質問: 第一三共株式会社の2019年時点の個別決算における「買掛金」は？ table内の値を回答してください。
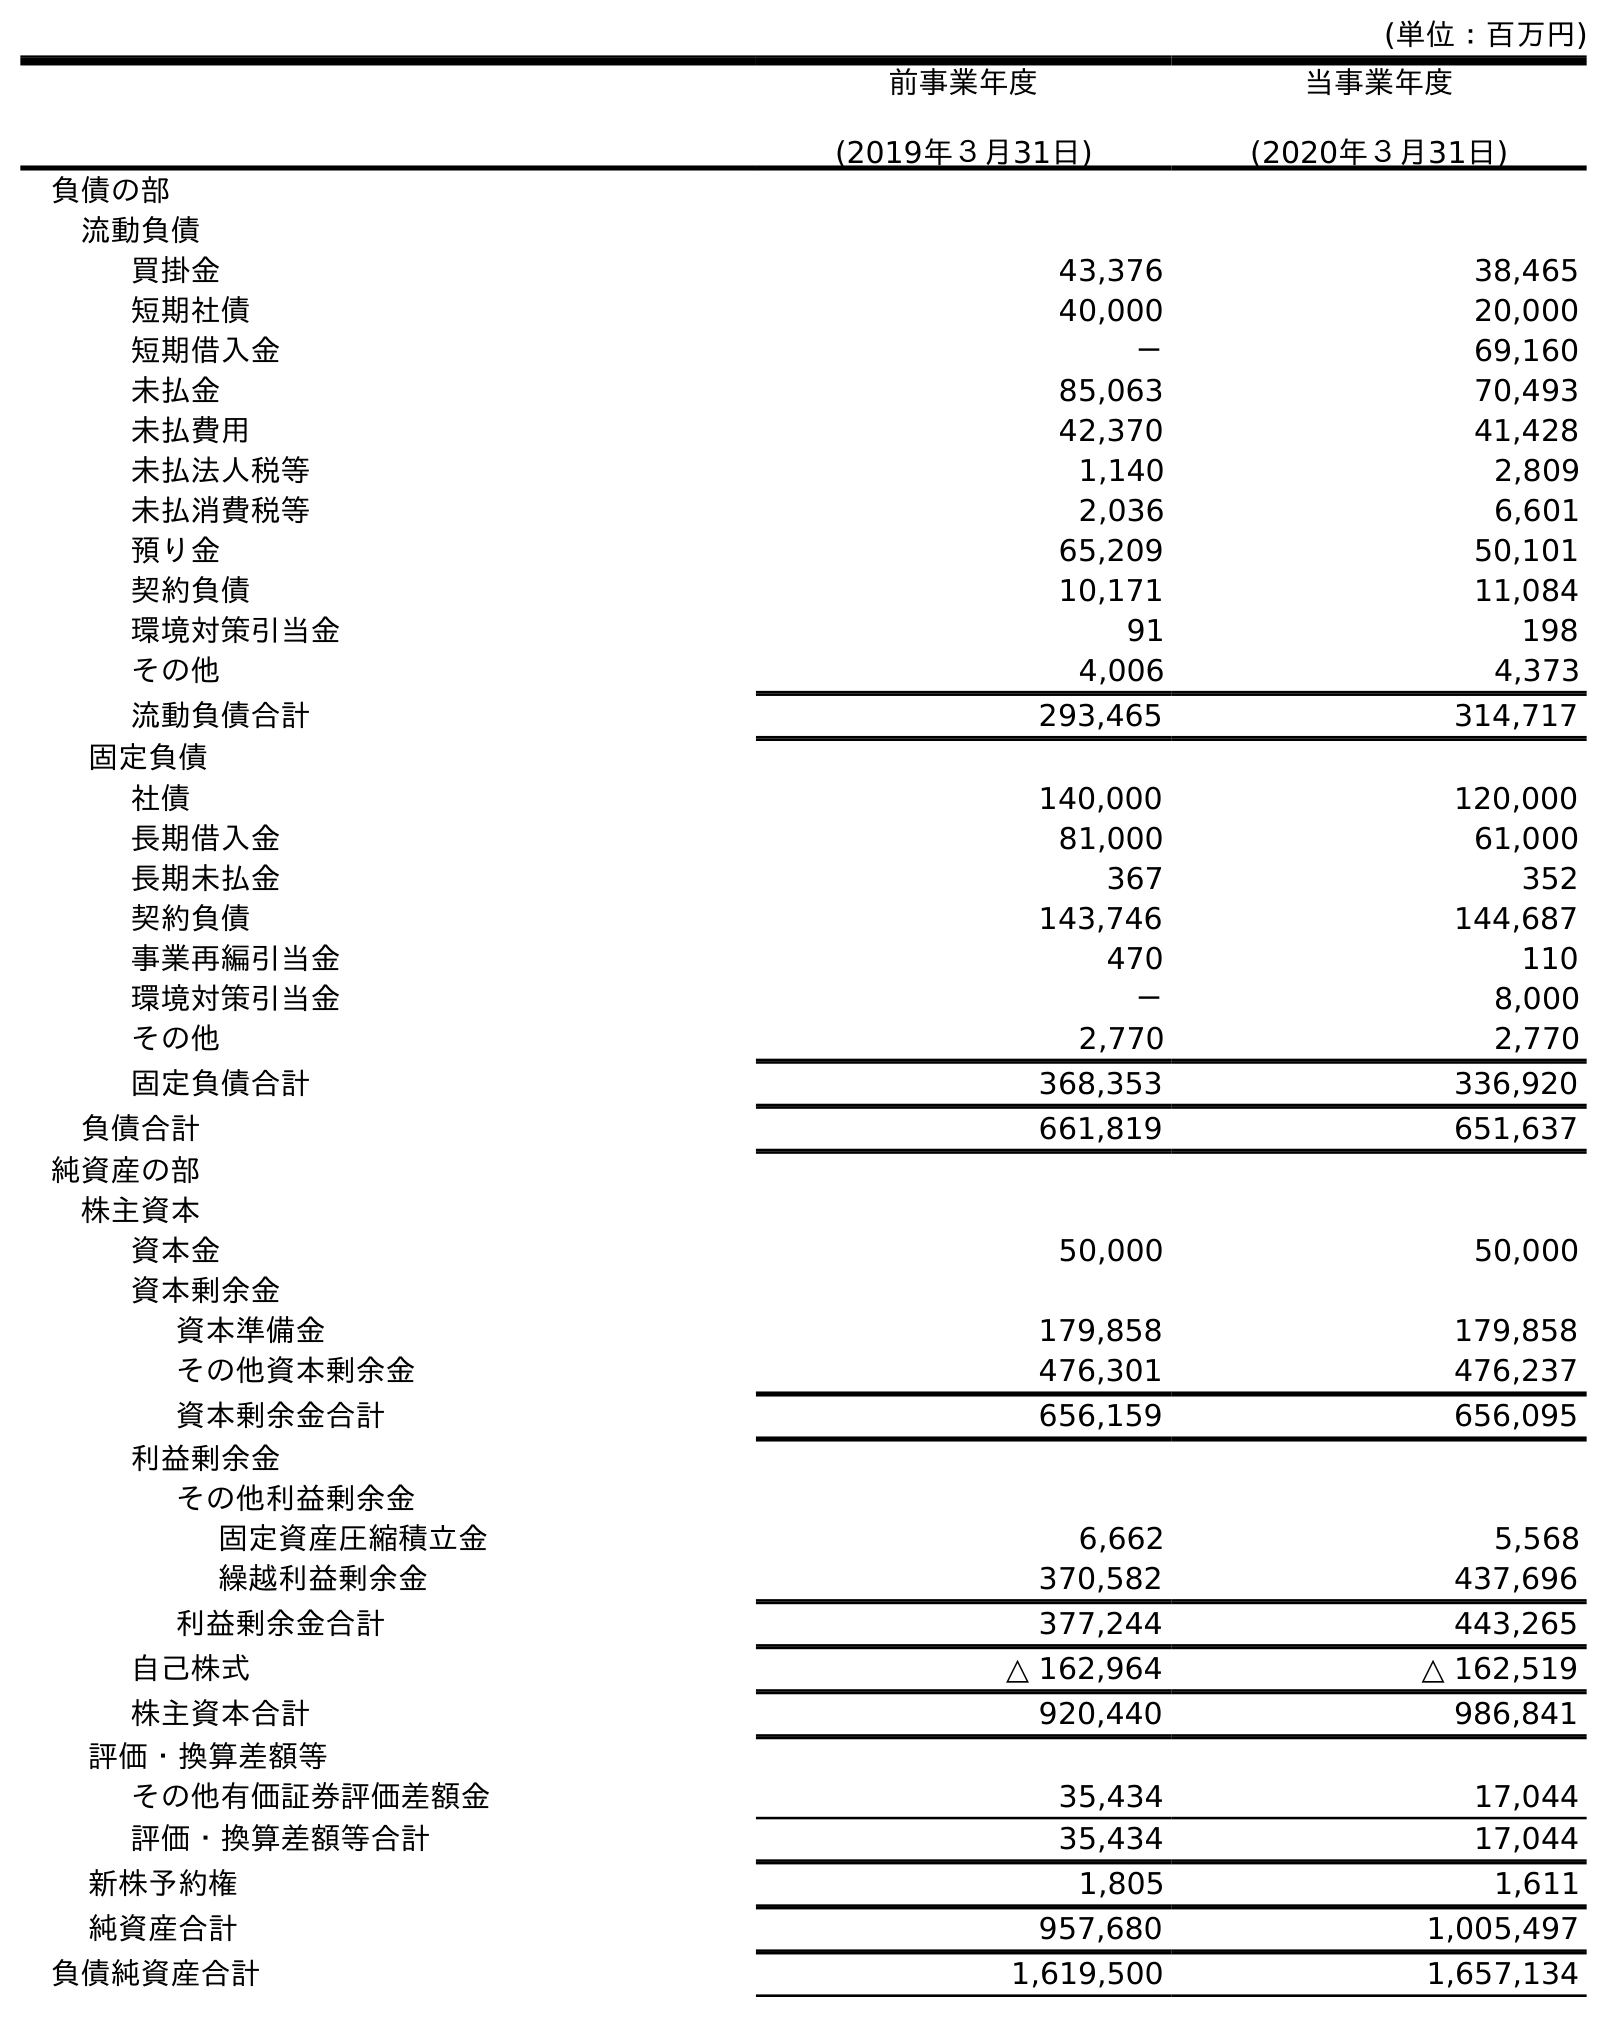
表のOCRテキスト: (単位：百万円) 前事業年度 (2019年３月31日) 当事業年度 (2020年３月31日) 負債の部 流動負債 買掛金 43,376 38,465 短期社債 40,000 20,000 短期借入金 － 69,160 未払金 85,063 70,493 未払費用 42,370 41,428 未払法人税等 1,140 2,809 未払消費税等 2,036 6,601 預り金 65,209 50,101 契約負債 10,171 11,084 環境対策引当金 91 198 その他 4,006 4,373 流動負債合計 293,465 314,717 固定負債 社債 140,000 120,000 長期借入金 81,000 61,000 長期未払金 367 352 契約負債 143,746 144,687 事業再編引当金 470 110 環境対策引当金 － 8,000 その他 2,770 2,770 固定負債合計 368,353 336,920 負債合計 661,819 651,637 純資産の部 株主資本 資本金 50,000 50,000 資本剰余金 資本準備金 179,858 179,858 その他資本剰余金 476,301 476,237 資本剰余金合計 656,159 656,095 利益剰余金 その他利益剰余金 固定資産圧縮積立金 6,662 5,568 繰越利益剰余金 370,582 437,696 利益剰余金合計 377,244 443,265 自己株式 △ 162,964 △ 162,519 株主資本合計 920,440 986,841 評価・換算差額等 その他有価証券評価差額金 35,434 17,044 評価・換算差額等合計 35,434 17,044 新株予約権 1,805 1,611 純資産合計 957,680 1,005,497 負債純資産合計 1,619,500 1,657,134
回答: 43,376